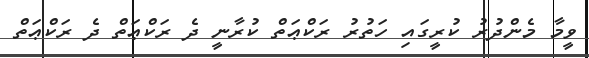
ވީމާ މެންދުރު ކުރީގައި ހަތުރު ރަކްޢަތް ކުރާނީ ދެ ރަކްޢަތް ދެ ރަކްޢަތް